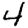
Digit: 4